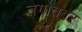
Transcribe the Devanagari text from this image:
तेगोतबर